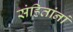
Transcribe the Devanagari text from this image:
संहितांनां